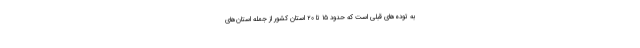
به توده‌های قبلی است که حدود ۱۵ تا ۲۰ استان کشور از جمله استان‌های